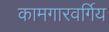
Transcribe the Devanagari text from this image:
कामगारवर्गिय